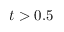
t > 0 . 5